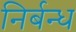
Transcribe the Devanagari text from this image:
निर्बन्ध